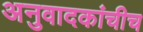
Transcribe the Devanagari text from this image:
अनुवादकांचीच